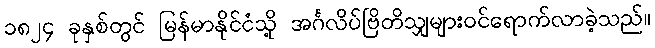
၁၈၂၄ ခုနှစ်တွင် မြန်မာနိုင်ငံသို့ အင်္ဂလိပ်ဗြိတိသျှများဝင်ရောက်လာခဲ့သည်။